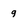
Character: 9